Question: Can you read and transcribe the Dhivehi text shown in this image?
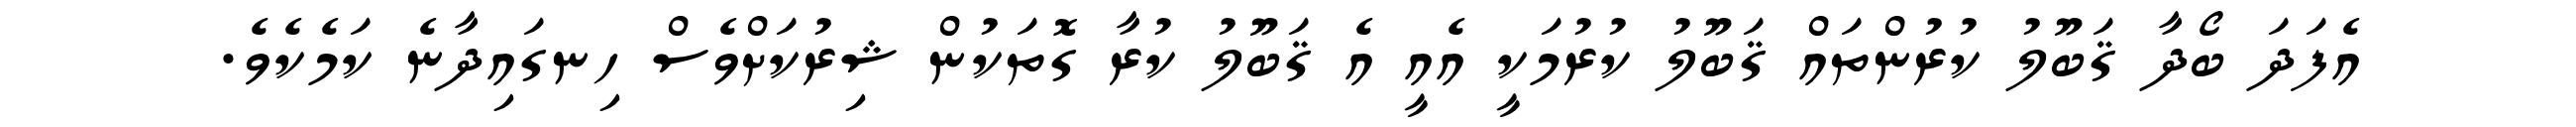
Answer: އެފަދަ ބޯދާ ޤަބޫލު ކުރުންތައް ޤަބޫލު ކުރުމަކީ އެއީ އެ ޤަބޫލު ކުރާ ގޮތަކުން ޝިރުކަށްވެސް ހިނގައިދާނެ ކަމެކެވެ.